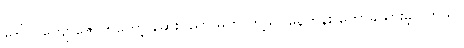
ဒေါ်လှကျော်ဇောကတော့ ဆေးပညာ မဟာဘွဲ့သင်နေတုန်း တောခိုသွားခဲ့ပါတယ်။